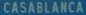
CASABLANCA